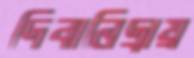
দিবানিদ্রায়